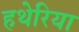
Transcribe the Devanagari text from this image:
हथेरिया